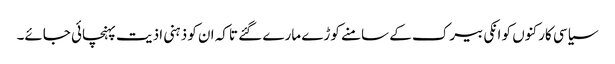
سیاسی کارکنوں کو انکی بیرک کے سامنے کوڑے مارے گئے تاکہ ان کو ذہنی اذیت پہنچائی جائے۔